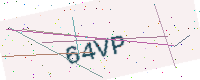
Text: 64VP